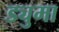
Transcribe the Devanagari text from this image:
ड्युमा